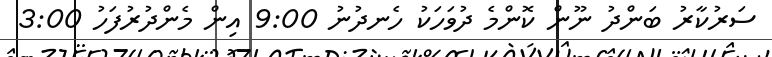
ސަރުކާރު ބަންދު ނޫން ކޮންމެ ދުވަހަކު ހެނދުނު 9:00 އިން މެންދުރުފަހު 3:00